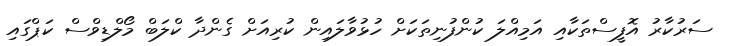
ސަރުކާރު އޮފީސްތަކާއި އަމިއްލަ ކުންފުނިތަކަށް ހުޅުވާލައިން ކުރިއަށް ގެންދާ ކްލަބް މޯލްޑިވްސް ކަޕްގައި